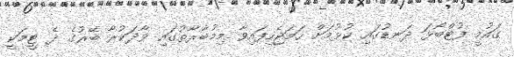
ގައުމީ ފުޓްބޯޅަ ދަނޑުގައި ކުޅުމަށް ހަމަޖެހިފައިވާ މިމުބާރާތުގައި ވާދަކުރާ ބޭރުގެ ދެ ޓީމަކީ